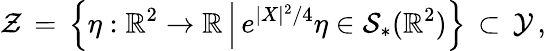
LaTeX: \mathcal{Z}\, =\, \Bigl\{ \eta:\mathbb{R}^{2}\to\mathbb{R}\, \Big|\, e^{|X|^{2}/4}\eta\in\mathcal{S}_{*}(\mathbb{R}^{2})\Bigr\} \, \subset\, \mathcal{Y}\, ,